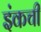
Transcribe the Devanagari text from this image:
इंकची